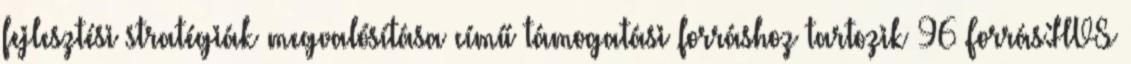
fejlesztési stratégiák megvalósítása című támogatási forráshoz tartozik 96 Forrás:HVS